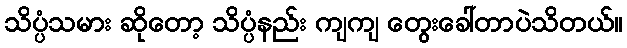
သိပ္ပံသမား ဆိုတော့ သိပ္ပံနည်း ကျကျ တွေးခေါ်တာပဲသိတယ်။